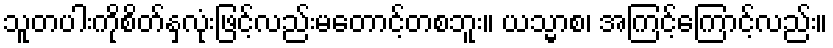
သူတပါးကိုစိတ်နှလုံးဖြင့်လည်းမတောင့်တစဘူး။ ယသ္မာစ၊ အကြင့်ကြောင့်လည်း။